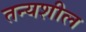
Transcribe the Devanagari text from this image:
तन्यशील